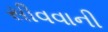
સીવવાની